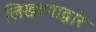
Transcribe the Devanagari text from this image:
लिखाणाद्वारे